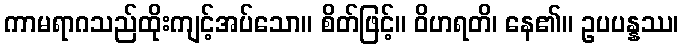
ကာမရာဂသည်ထိုးကျင့်အပ်သော။ စိတ်ဖြင့်။ ဝိဟရတိ၊ နေ၏။ ဥပပန္နဿ၊